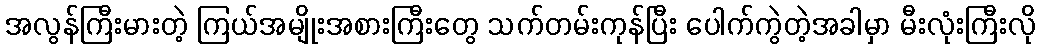
အလွန်ကြီးမားတဲ့ ကြယ်အမျိုးအစားကြီးတွေ သက်တမ်းကုန်ပြီး ပေါက်ကွဲတဲ့အခါမှာ မီးလုံးကြီးလို